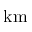
\mathrm { k m }